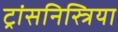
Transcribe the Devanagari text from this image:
ट्रांसनिस्त्रिया